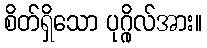
စိတ်ရှိသော ပုဂ္ဂိုလ်အား။